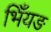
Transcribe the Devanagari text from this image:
भिँयङ